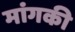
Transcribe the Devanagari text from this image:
मांगकी